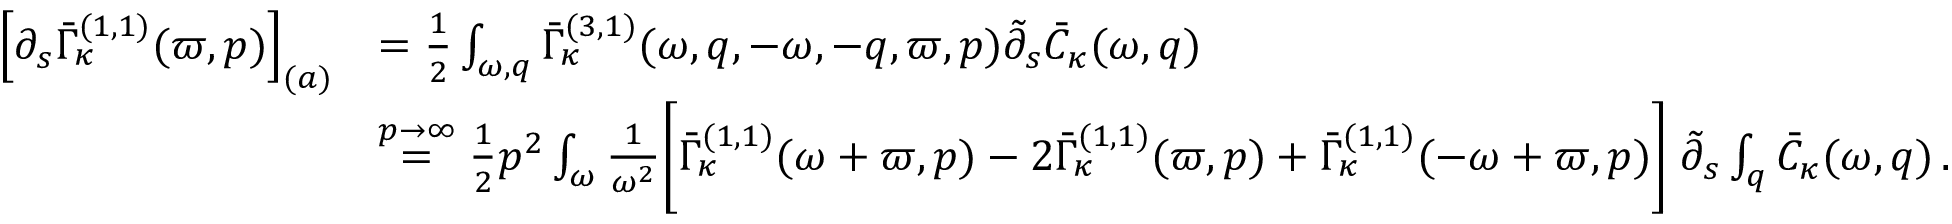
\begin{array} { r l } { \left[ \partial _ { s } \bar { \Gamma } _ { \kappa } ^ { ( 1 , 1 ) } ( \varpi , p ) \right] _ { ( a ) } } & { = \frac 1 2 \int _ { \omega , q } \bar { \Gamma } _ { \kappa } ^ { ( 3 , 1 ) } ( \omega , q , - \omega , - q , \varpi , p ) \tilde { \partial } _ { s } \bar { C } _ { \kappa } ( \omega , q ) } \\ & { \stackrel { p \to \infty } { = } \frac 1 2 p ^ { 2 } \int _ { \omega } \frac 1 { \omega ^ { 2 } } \Bigg [ \bar { \Gamma } _ { \kappa } ^ { ( 1 , 1 ) } ( \omega + \varpi , p ) - 2 \bar { \Gamma } _ { \kappa } ^ { ( 1 , 1 ) } ( \varpi , p ) + \bar { \Gamma } _ { \kappa } ^ { ( 1 , 1 ) } ( - \omega + \varpi , p ) \Bigg ] \; \tilde { \partial } _ { s } \int _ { q } \bar { C } _ { \kappa } ( \omega , q ) \, . } \end{array}